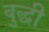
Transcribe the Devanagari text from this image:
वुद्धी